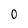
Character: 0